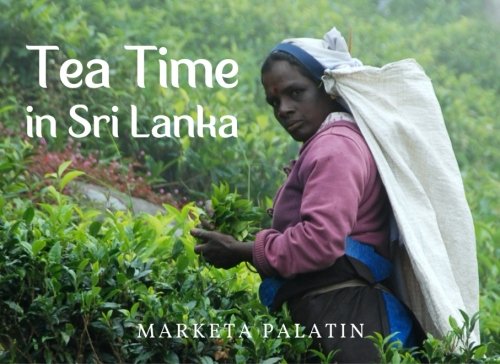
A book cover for Tea Time in Sri Lanka: Photos from the Dambatenne Tea Garden, Lipton's Seat and a Ceylon Tea Factory; Marketa Palatin; Travel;